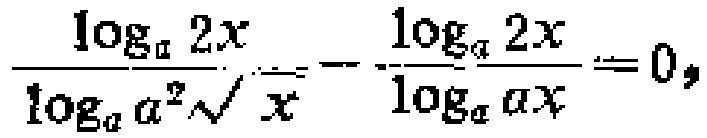
\(\frac{\log_{a}2x}{\log_{a}a^{2}\sqrt{x}}-\frac{\log_{a}2x}{\log_{a}ax}=0\)